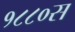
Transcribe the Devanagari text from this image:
१८८०स